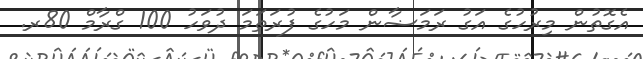
އެގޮތުން މިރުހުގެ އަގު ރަމަޟާން މަހުގެ ފުރަތަމަ ދުވަހު 100 ގްރާމް 80ރ.